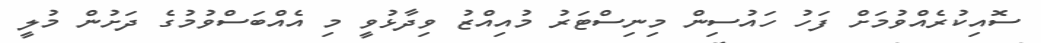
ސޮއިކުރެއްވުމަށް ފަހު ހައުސިން މިނިސްޓަރު މުއިއްޒު ވިދާޅުވީ މި އެއްބަސްވުމުގެ ދަށުން މުލީ